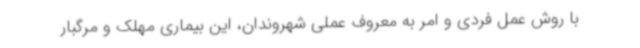
با روش عمل فردی و امر به معروف عملی شهروندان، این بیماری مهلک و مرگبار